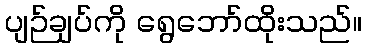
ပျဉ်ချပ်ကို ရွေဘော်ထိုးသည်။